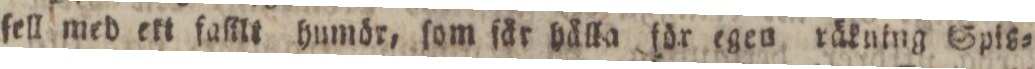
ſell med ett falilt humör, ſom ſär hålla för egen räkning Spis=